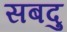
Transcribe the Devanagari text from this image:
सबदु